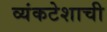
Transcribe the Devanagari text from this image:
व्यंकटेशाची